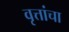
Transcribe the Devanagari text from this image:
वृत्तांचा